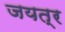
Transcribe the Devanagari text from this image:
जयत्र